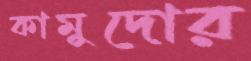
কামুদোর